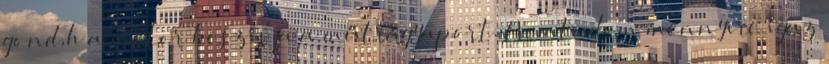
gond,h a motor beszívja a műtrágyaport. Nemtudom mennyire igaz